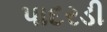
પાદરડી